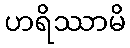
ဟရိဿာမိ